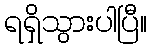
ရရှိသွားပါပြီ။